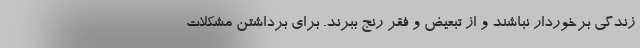
زندگی برخوردار نباشند و از تبعیض و فقر رنج ببرند. برای برداشتن مشکلات